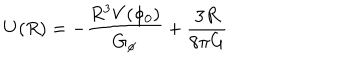
LaTeX: U ( R ) = - \frac { R ^ { 3 } V ( \phi _ { 0 } ) } { G _ { \phi } } + \frac { 3 R } { 8 \pi G }